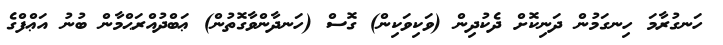
ހަނގުރާމަ ހިނގަމުން ދަނިކޮށް ދެކުދިން (ވަކިވަކިން) ގޮސް (ހަނދާންވާގޮތުން) ޢަބްދުއްރަޙްމާން ބުނު އަޢްފްގެ